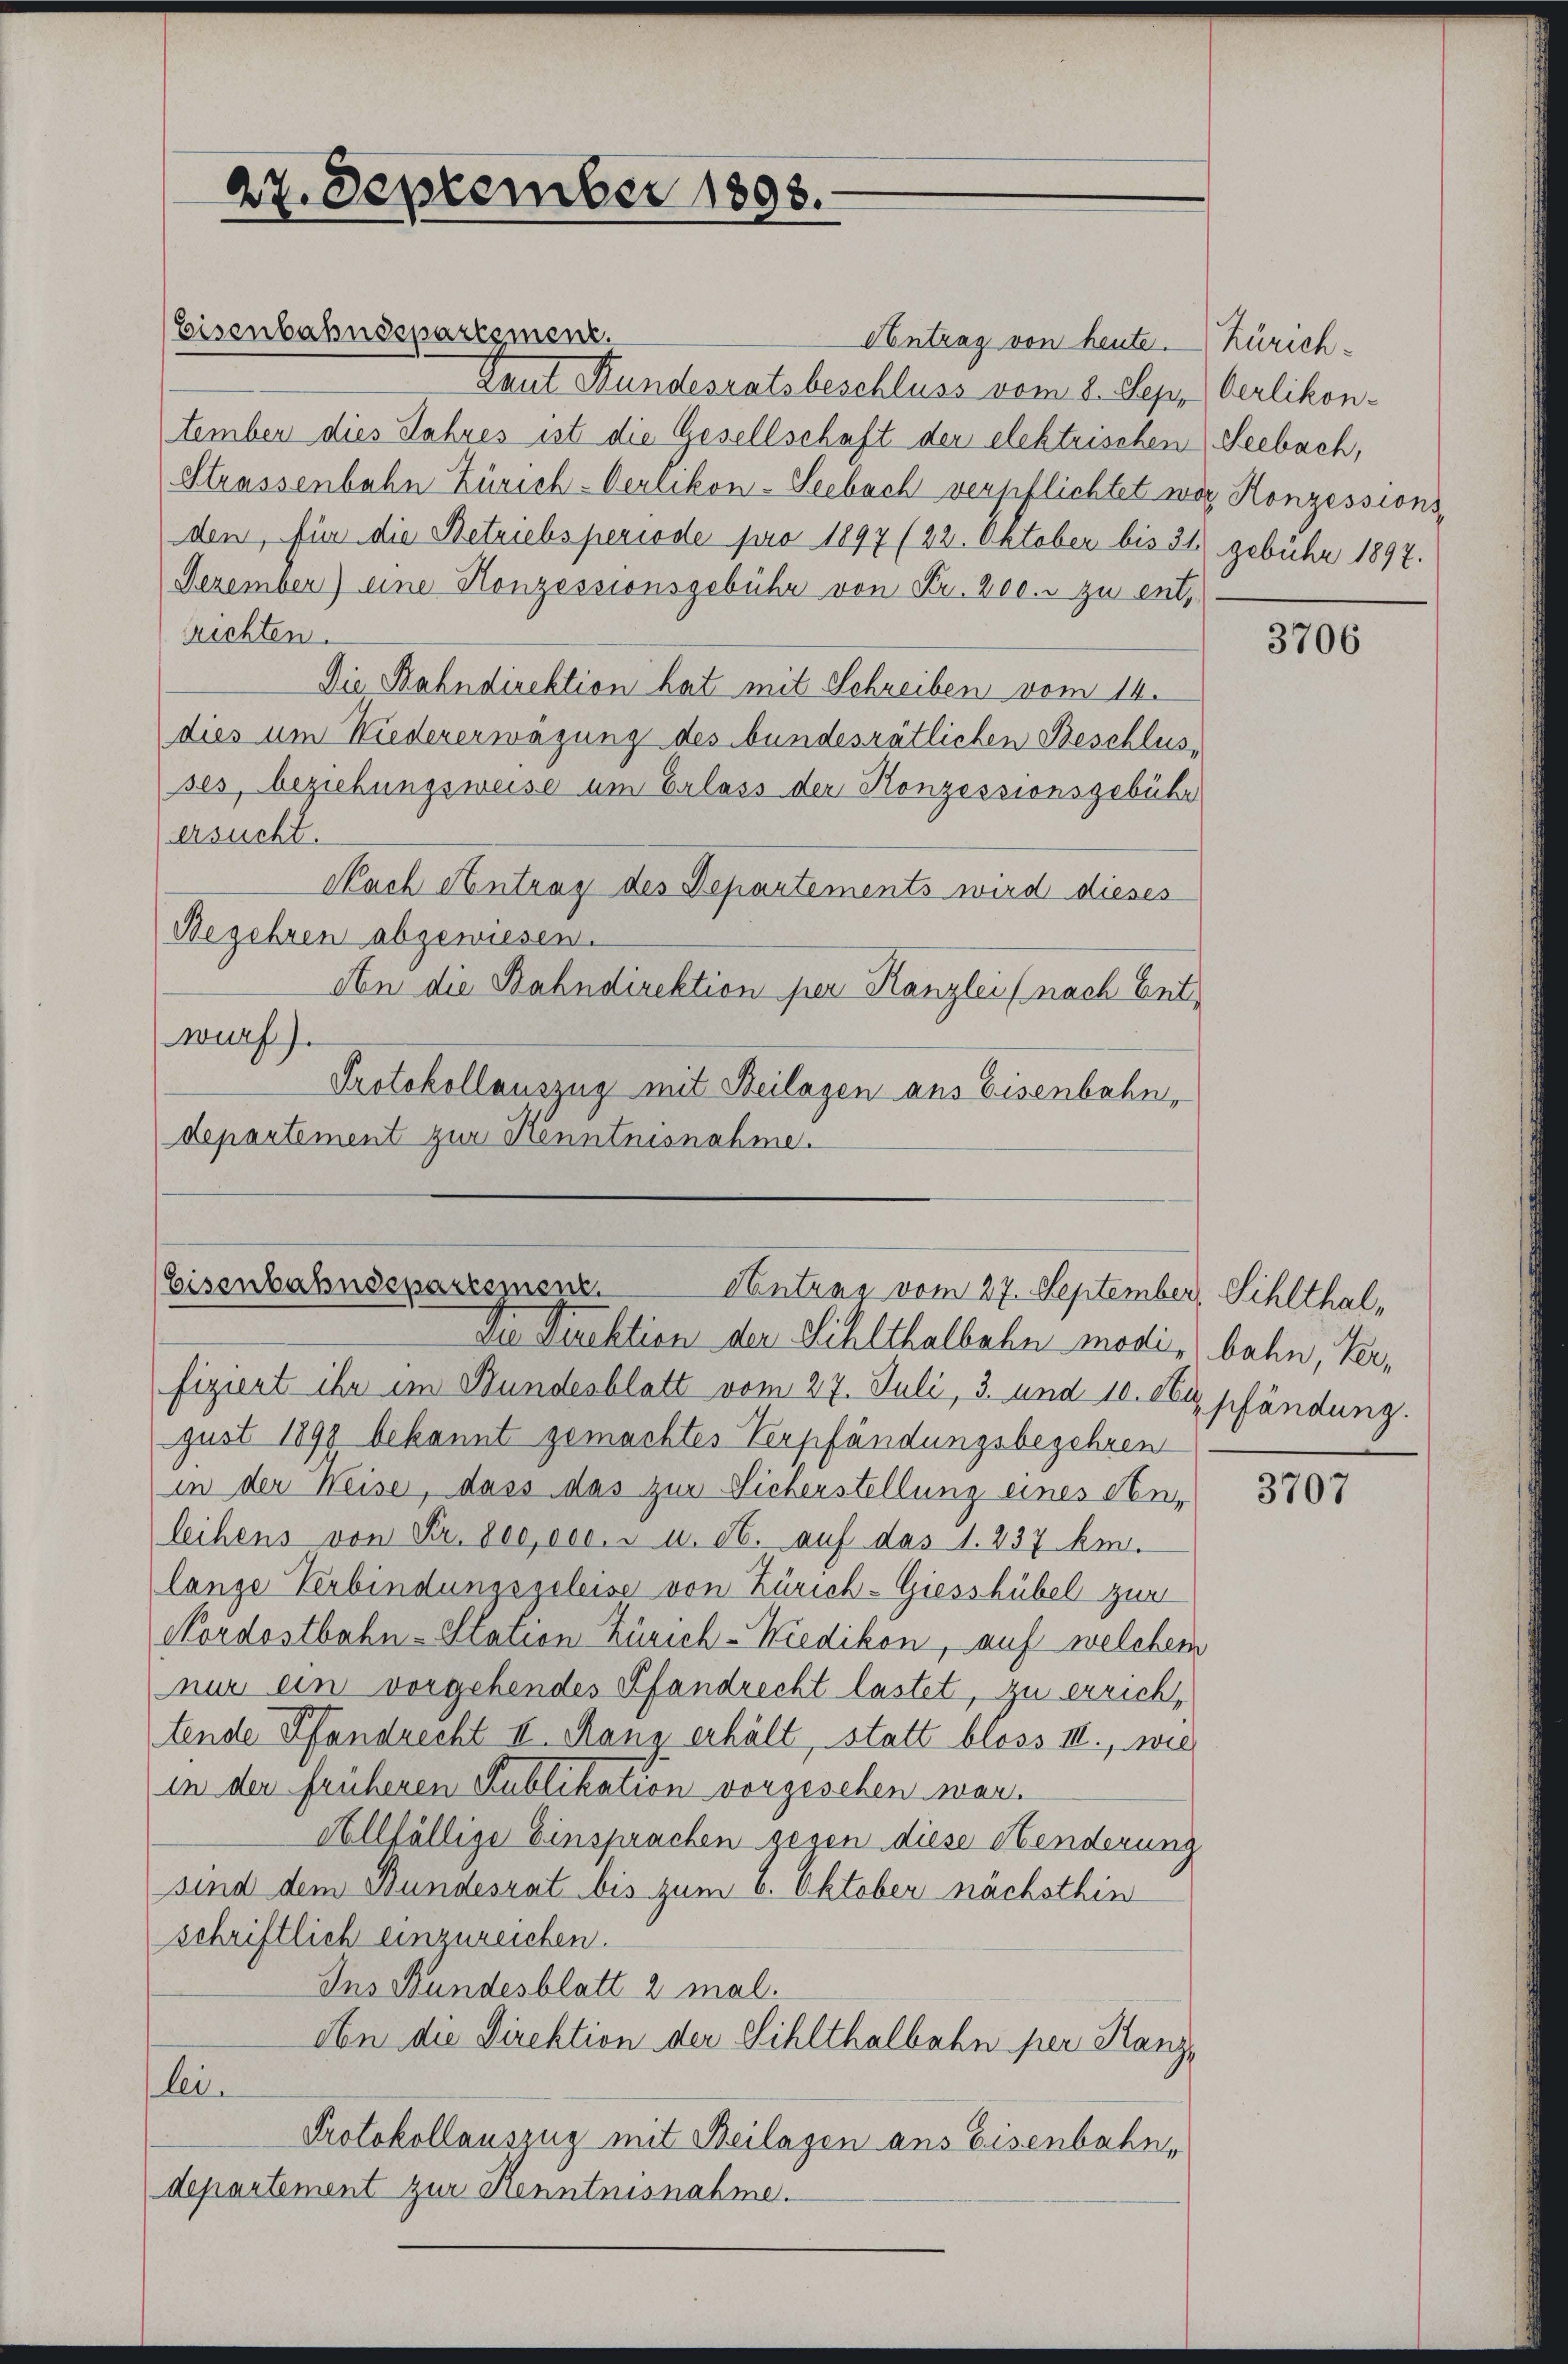
27. September 1898.

Eisenbahnssepartement.

Antrag von heute. Zürich-
Gant Kundesratsbeschluss vom 8. Sep. Verlikon-
tember dies Jahres ist die Gesellschaft der elektrischen Seebach,
Strassenbahn Zürich-Verlikon-Seebach verpflichtet war Konzessionsden, für die Betriebsperiode pro 1897 (22. Oktober bis 31) gebühr 1897.
Dezember) eine Konzessionsgebühr von Fr. 200. u zu entrichten.
Die Bahndirektion hat mit Schreiben vom 14.
dies um Niedererwegung des bundesrätlichen Beschlusses, beziehungsweise um Erlass der Konzessionsgebühr
ersucht.
Nach Antrag des Departements wird dieses
Begehren abgewiesen.
An die Bahndirektion per Kanzlei (nach Ent-
wurf).
Protokollauszug mit Beilagen aus Eisenbahn,
departement zur Kenntnisnahme.

Eisenbahnsspartement
Antrag vom 27. September, Sihlthal,

Die Direktion der Sihlthalbahn modi bahn, Terfiziert ihr im Bundesblatt vom 27. Juli, 3. und 10. du pfändung.
gust 1898 bekannt gemachtes Verpfändungsbegehren
in der Weise, dass das zur Sicherstellung eines Anz
leihens von Fr. 800,000. v. u. et. auf das 1. 237 km.
lange Verbindungsgeleise von Zürich-Giesshübel zur
Nordostbahn-Station Zürich-Kiedikon, auf welchem
nur ein vorgehendes Pfandrecht lastet, zu errich,
tende Pfandrecht II. Rang erhält, statt bloss III., wie
in der früheren Publikation vorgesehen war.
Allfällige Einsprachen gegen diese Henderung
sind dem Bundesrat bis zum 6. Oktober nächsthin
schriftlich einzureichen.
Ins Bundesblatt 2 mal.
An die Direktion der Sihlthalbahn per Kanzlei
Protokollauszug mit Beilagen aus Eisenbahn,
departement zur Kenntnisnahme.

3706

3707